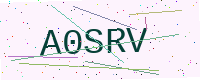
Text: A0SRV